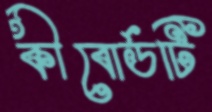
কীবোর্ডটি